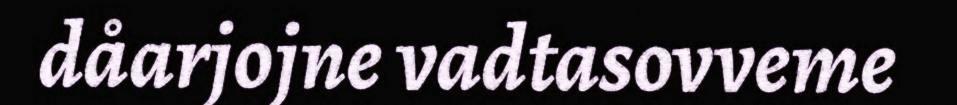
dåarjojne vadtasovveme